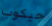
جيكوب